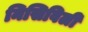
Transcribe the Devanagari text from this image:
निसिविली